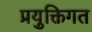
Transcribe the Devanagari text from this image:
प्रयुक्तिगत